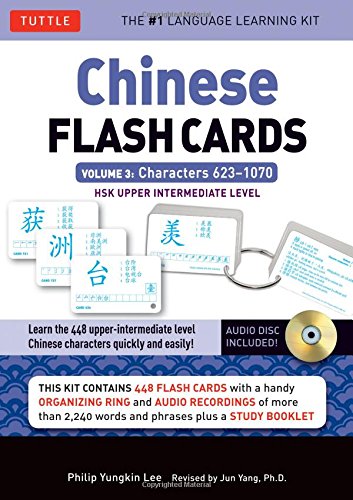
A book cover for Chinese Flash Cards Kit Volume 3: HSK Upper Intermediate Level (Audio CD Included); Philip Yungkin Lee; Reference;